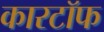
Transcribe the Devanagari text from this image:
कारटॉफ